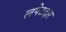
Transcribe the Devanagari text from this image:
लपेटदार